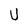
Character: U